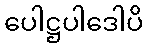
ပေါဋ္ဌပါဒေါပိ